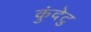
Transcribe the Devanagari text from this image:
कुंदेटु